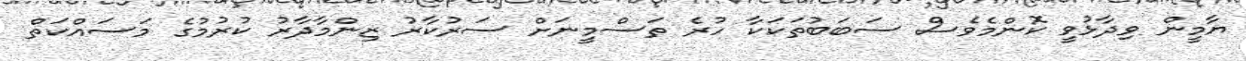
ޔާމީން ވިދާޅުވީ ކޮންމެވެސް ސަބަބުތަކަކާ ހުރެ ތަސްމީނަށް ސަރުކާރު ޒިންމާދާރު ކުރުމުގެ މަސައްކަތް